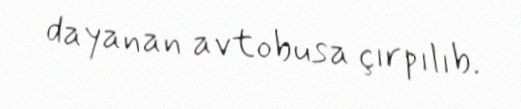
dayanan avtobusa çırpılıb.